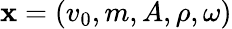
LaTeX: \mathbf{x}=(v_{0},m,A,\rho,\omega)